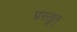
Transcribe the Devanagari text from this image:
प्रस्तुत्